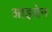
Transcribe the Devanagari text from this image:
आइबेन